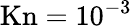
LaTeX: \mathrm{Kn}=10^{-3}